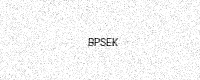
Text: BPSEK